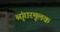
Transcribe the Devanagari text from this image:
श्रृंगारमूलक